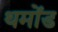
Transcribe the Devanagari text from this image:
थमोंड